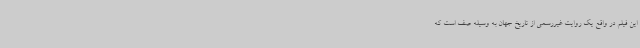
این فیلم در واقع یک روایت غیررسمی از تاریخ جهان به وسیله صف است که